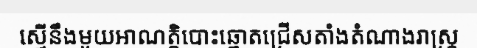
ស្មើនឹងមួយអាណត្តិបោះឆ្នោតជ្រើសតាំងតំណាងរាស្ត្រ